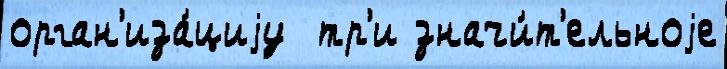
орган'иза́циjу  тр'и значи́т'ельноjе